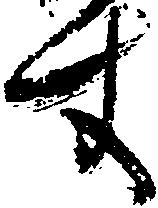
す